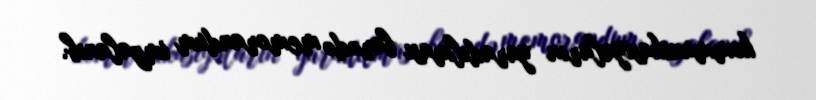
kommunikasiyaların yaradılması barədə memorandum imzalanıb.